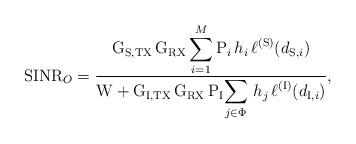
LaTeX: \begin{align*}\mathrm{SINR}_O = \displaystyle\frac{\mathrm{G}_{\mathrm{S,TX}}\,\mathrm{G}_{\mathrm{RX}}\displaystyle\sum_{i=1}^M \mathrm{P}_i \, h_i \, \ell^{\mathrm{(S)}}(d_{\mathrm{S},i})}{\mathrm{W} + \mathrm{G}_{\mathrm{I,TX}}\,\mathrm{G}_{\mathrm{RX}} \, \mathrm{P}_\mathrm{I}\! \displaystyle\sum_{j \in \Phi} \, h_j \, \ell^{\mathrm{(I)}}(d_{\mathrm{I},i})},\end{align*}